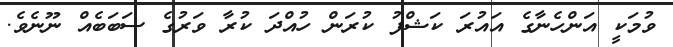
ވުމަކީ އަންހެނާގެ އައުރަ ކަޝްފު ކުރަން ހުއްދަ ކުރާ ވަރުގެ ސަބަބެއް ނޫނެވެ.